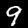
Digit: 9